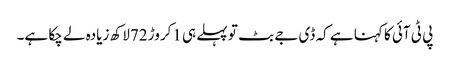
پی ٹی آئی کا کہنا ہے کہ ڈی جے بٹ تو پہلے ہی 1کروڑ 72لاکھ زیادہ لے چکا ہے۔